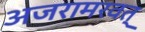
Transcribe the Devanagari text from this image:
अजरामरवत्